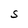
Character: S